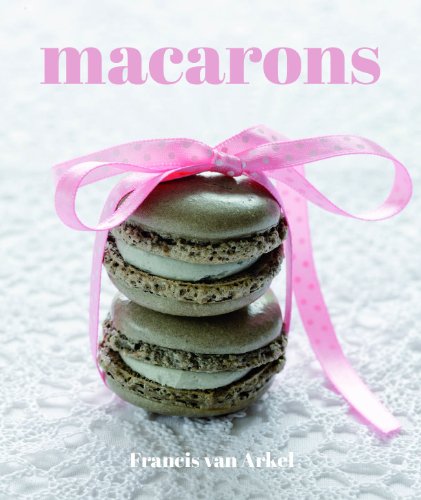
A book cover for Macarons; Francis Van Arkel; Cookbooks, Food & Wine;